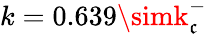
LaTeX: k=0.639\simk_{\mathfrak{c}}^{-}